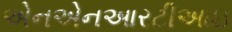
એનએનઆરટીઆઇ